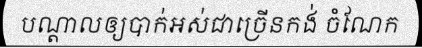
បណ្តាលឲ្យបាក់អស់ជាច្រើនកង់ ចំណែក